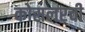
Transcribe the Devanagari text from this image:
कोसलरची